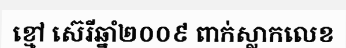
ខ្មៅ ស៊េរីឆ្នាំ២០០៩ ពាក់ស្លាកលេខ